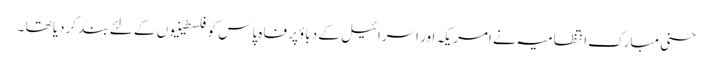
حسنی مبارک انتظامیہ نے امریکہ اور اسرائیل کے دباؤپر فاہ پاس کو فلسطینیوں کے لئے بند کردیا تھا ۔